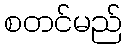
စတင်မည်